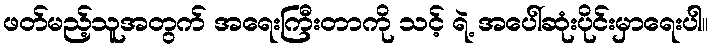
ဖတ်မည့်သူအတွက် အရေးကြီးတာကို သင့် ရဲ့ အပေါ်ဆုံးပိုင်းမှာရေးပါ။